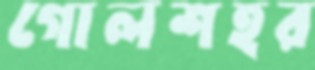
গোলশহর